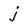
Character: j